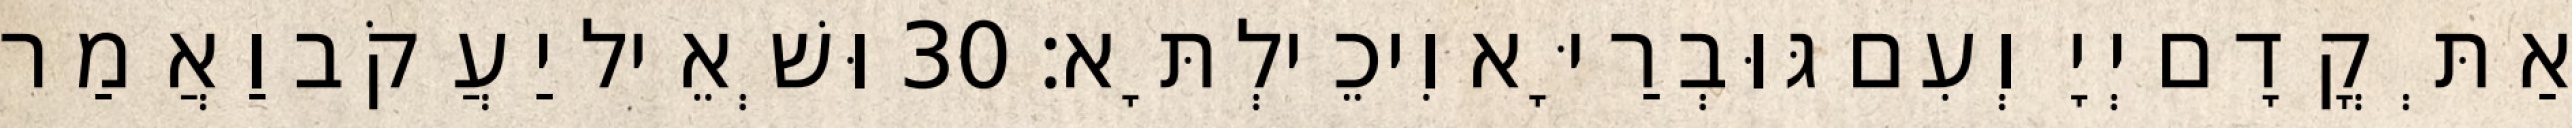
אַתְּ קֳדָם יְיָ וְעִם גּוּבְרַיָּא וִיכֵילְתָּא׃ 30 וּשְׁאֵיל יַעֲקֹב וַאֲמַר